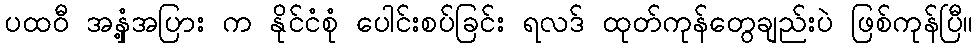
ပထဝီ အနှံ့အပြား က နိုင်ငံစုံ ပေါင်းစပ်ခြင်း ရလဒ် ထုတ်ကုန်တွေချည်းပဲ ဖြစ်ကုန်ပြီ။